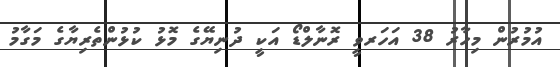
އުމުރުން މިހާރު 38 އަހަރވީ ރޮނާލްޑޯ އަކީ ދުނިޔޭގެ މޮޅު ކުޅުންތެރިޔާގެ މަގާމު